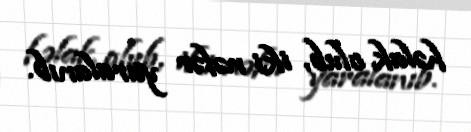
həlak olub, iki nəfər yaralanıb.